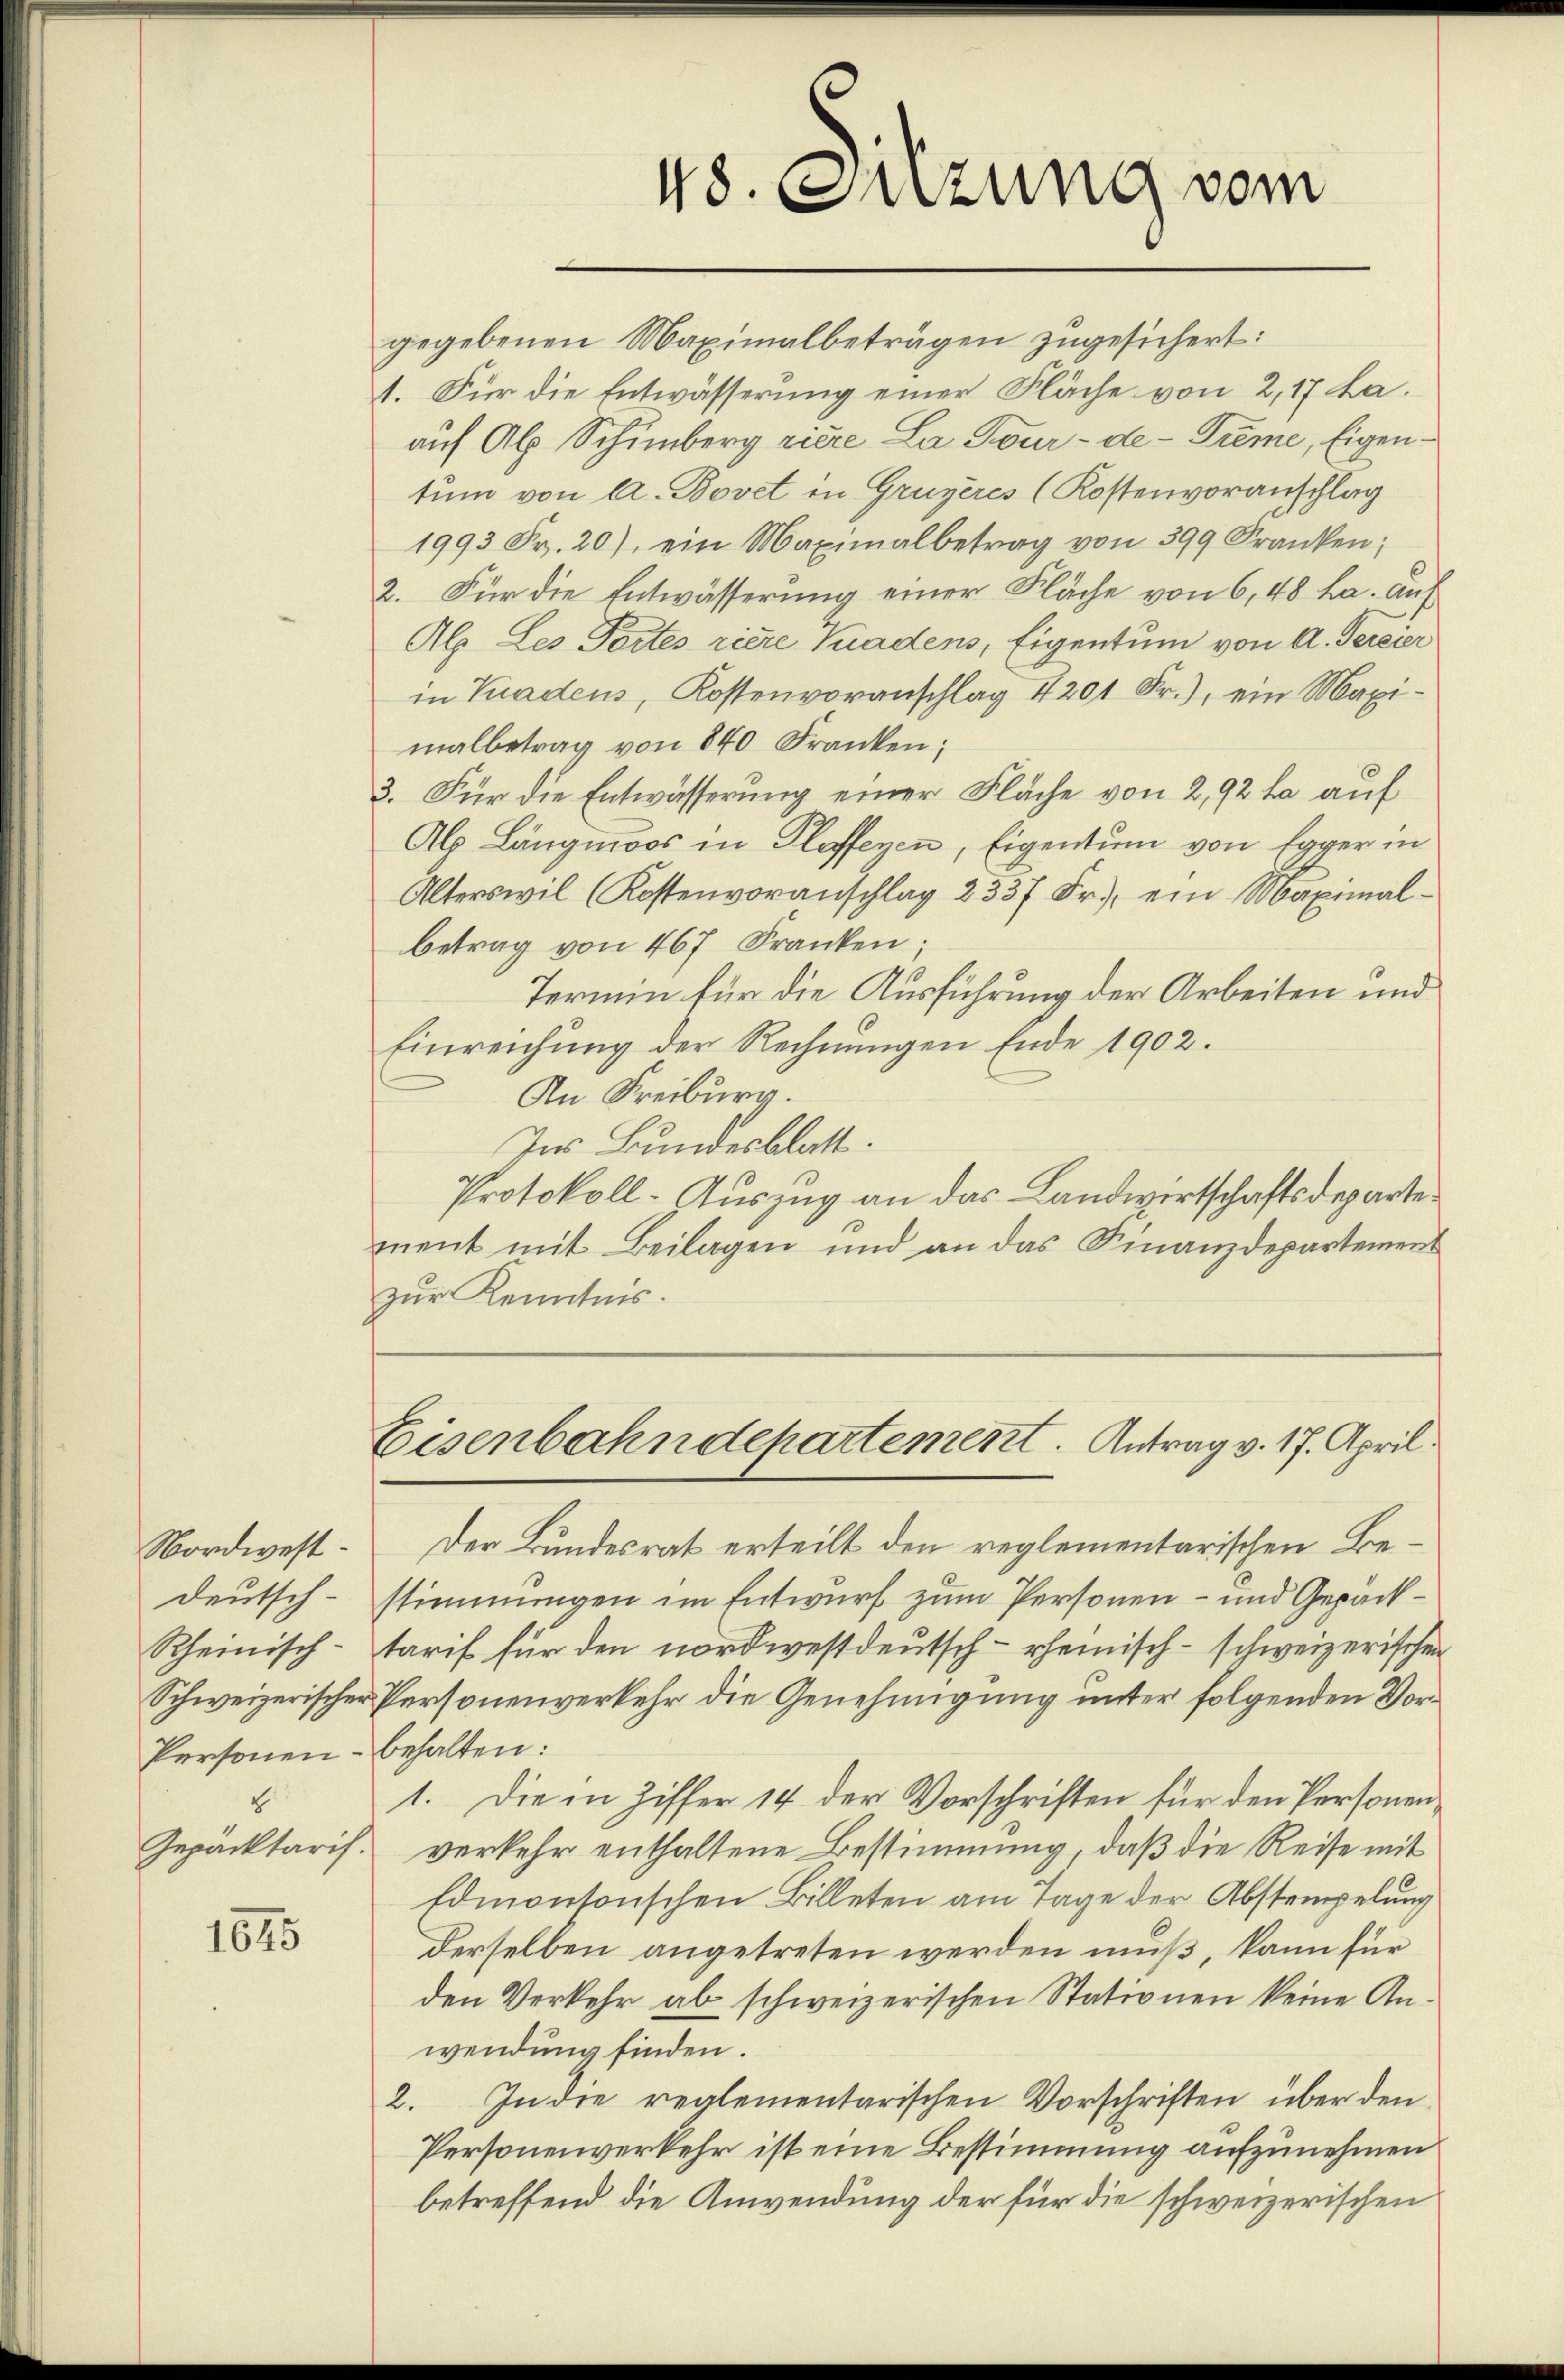
Nordwest
deutsch¬
Rheinisch-
Schweizerischer
Personen-
E
Gepäcktaris.

1545

48. Ouzung vom

Eisenbahndepartement. Antrag v. 17. April.

gegebenen Maximalbeträgen zugesichert:
1. Für die Entwässerung einer Fläche von 2,17 La.
auf Ab. Schumberg ziere La Jour-de-Treme, Eigentum von A. Bovet in Gruyères (Kostenvoranschlag
1993 Fr. 20), ein Maximalbetrag von 399 Kranken;
2. Für die Entwässerung einer Fläche von 6, 48 ha. auf
Als Les Tortes riere Kadens, Eigentum von A. Gereier
in Tradens, Kostenvoranschlag 4201 Fr.), ein Maximalbetrag von 840 Franken;
3. Für die Entwässerung einer Fläche von 2,92 ha auf
Alp Längmoos in Klaffenen, Eigentum von Egger in
Alterswil (Kostenvoranschlag 2337 Fr., ein Maximal-
betrag von 467 Franken;
Termin für die Ausführung der Arbeiten und
Einreichung der Rechnungen Ende 1902.
An Freiburg.
Ins Bundesblatt.
Protokoll-Auszug an das Landwirtschaftsdepartement mit Beilagen und an das Finanzdepartement
zur Kenntnis.

Der Bundesrat erteilt den reglementarischen Bestimmungen im Entwurf zum Personen – und Gepacktarif für den nordwestdeutsch- rheinisch - schweizerischen
Personenverkehr die Genehmigung unter folgenden Vorbehalten:
1. Die in Ziffer 14 der Vorschriften für den Personen
verkehr enthaltene Bestimmung, daß die Reise mit
Edmonsonschen Billeten am Tage der Abstempelung
derselben angetreten werden muß, kann für
den Verkehr ab schweizerischen Stationen keine Anwendung finden.
2. In die reglementarischen Vorschriften über den
Personenverkehr ist eine Bestimmung aufzunehmen
betreffend die Anwendung der für die schweizerischen